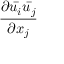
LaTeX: \frac { \partial { \bar { u _ { i } } } { \bar { u _ { j } } } } { \partial x _ { j } }